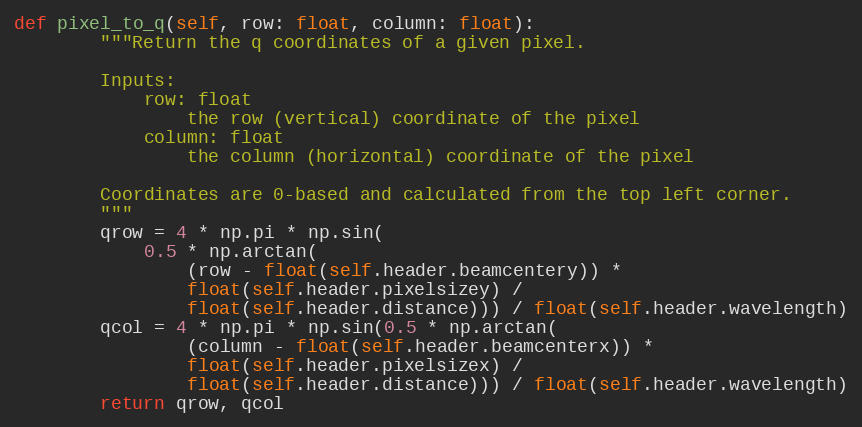
Language: Python
def pixel_to_q(self, row: float, column: float):
        """Return the q coordinates of a given pixel.

        Inputs:
            row: float
                the row (vertical) coordinate of the pixel
            column: float
                the column (horizontal) coordinate of the pixel

        Coordinates are 0-based and calculated from the top left corner.
        """
        qrow = 4 * np.pi * np.sin(
            0.5 * np.arctan(
                (row - float(self.header.beamcentery)) *
                float(self.header.pixelsizey) /
                float(self.header.distance))) / float(self.header.wavelength)
        qcol = 4 * np.pi * np.sin(0.5 * np.arctan(
                (column - float(self.header.beamcenterx)) *
                float(self.header.pixelsizex) /
                float(self.header.distance))) / float(self.header.wavelength)
        return qrow, qcol